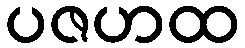
ပဇဟထ